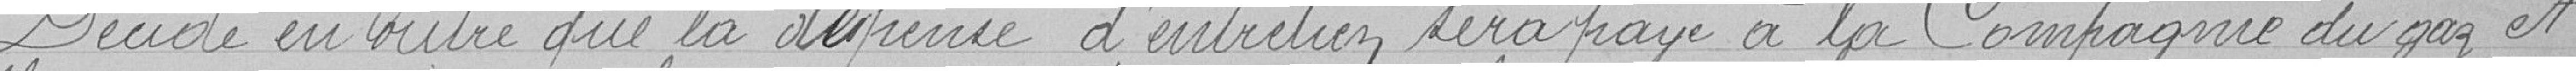
Décide en outre que la dépense d'entretien sera payé par la Compagnie du gaz et